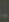
-